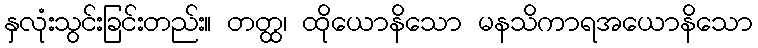
နှလုံးသွင်းခြင်းတည်း။ တတ္ထ၊ ထိုယောနိသော မနသိကာရအယောနိသော